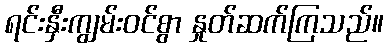
ရင်းနှီးကျွမ်းဝင်စွာ နှုတ်ဆက်ကြသည်။